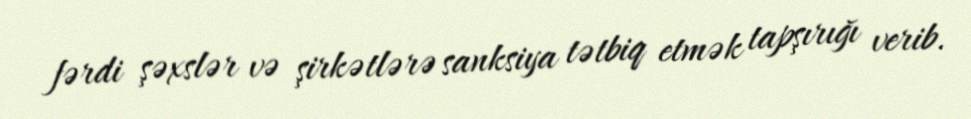
fərdi şəxslər və şirkətlərə sanksiya tətbiq etmək tapşırığı verib.